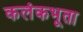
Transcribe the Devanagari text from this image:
कलंकभूता